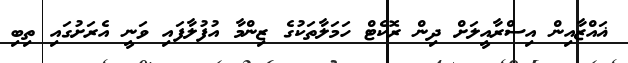
ޣައްޒާއިން އިސްރާއީލަށް ދިން ރޮކެޓް ހަމަލާތަކުގެ ޒިންމާ އުފުލާފައި ވަނީ އެރަށުގައި ތިބި